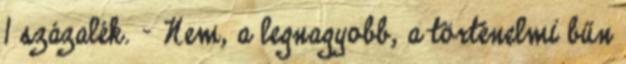
1 százalék. - Nem, a legnagyobb, a történelmi bűn